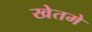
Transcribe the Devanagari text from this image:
खेतमे